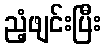
ညံ့ဖျင်းပြီး